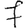
Digit: 7